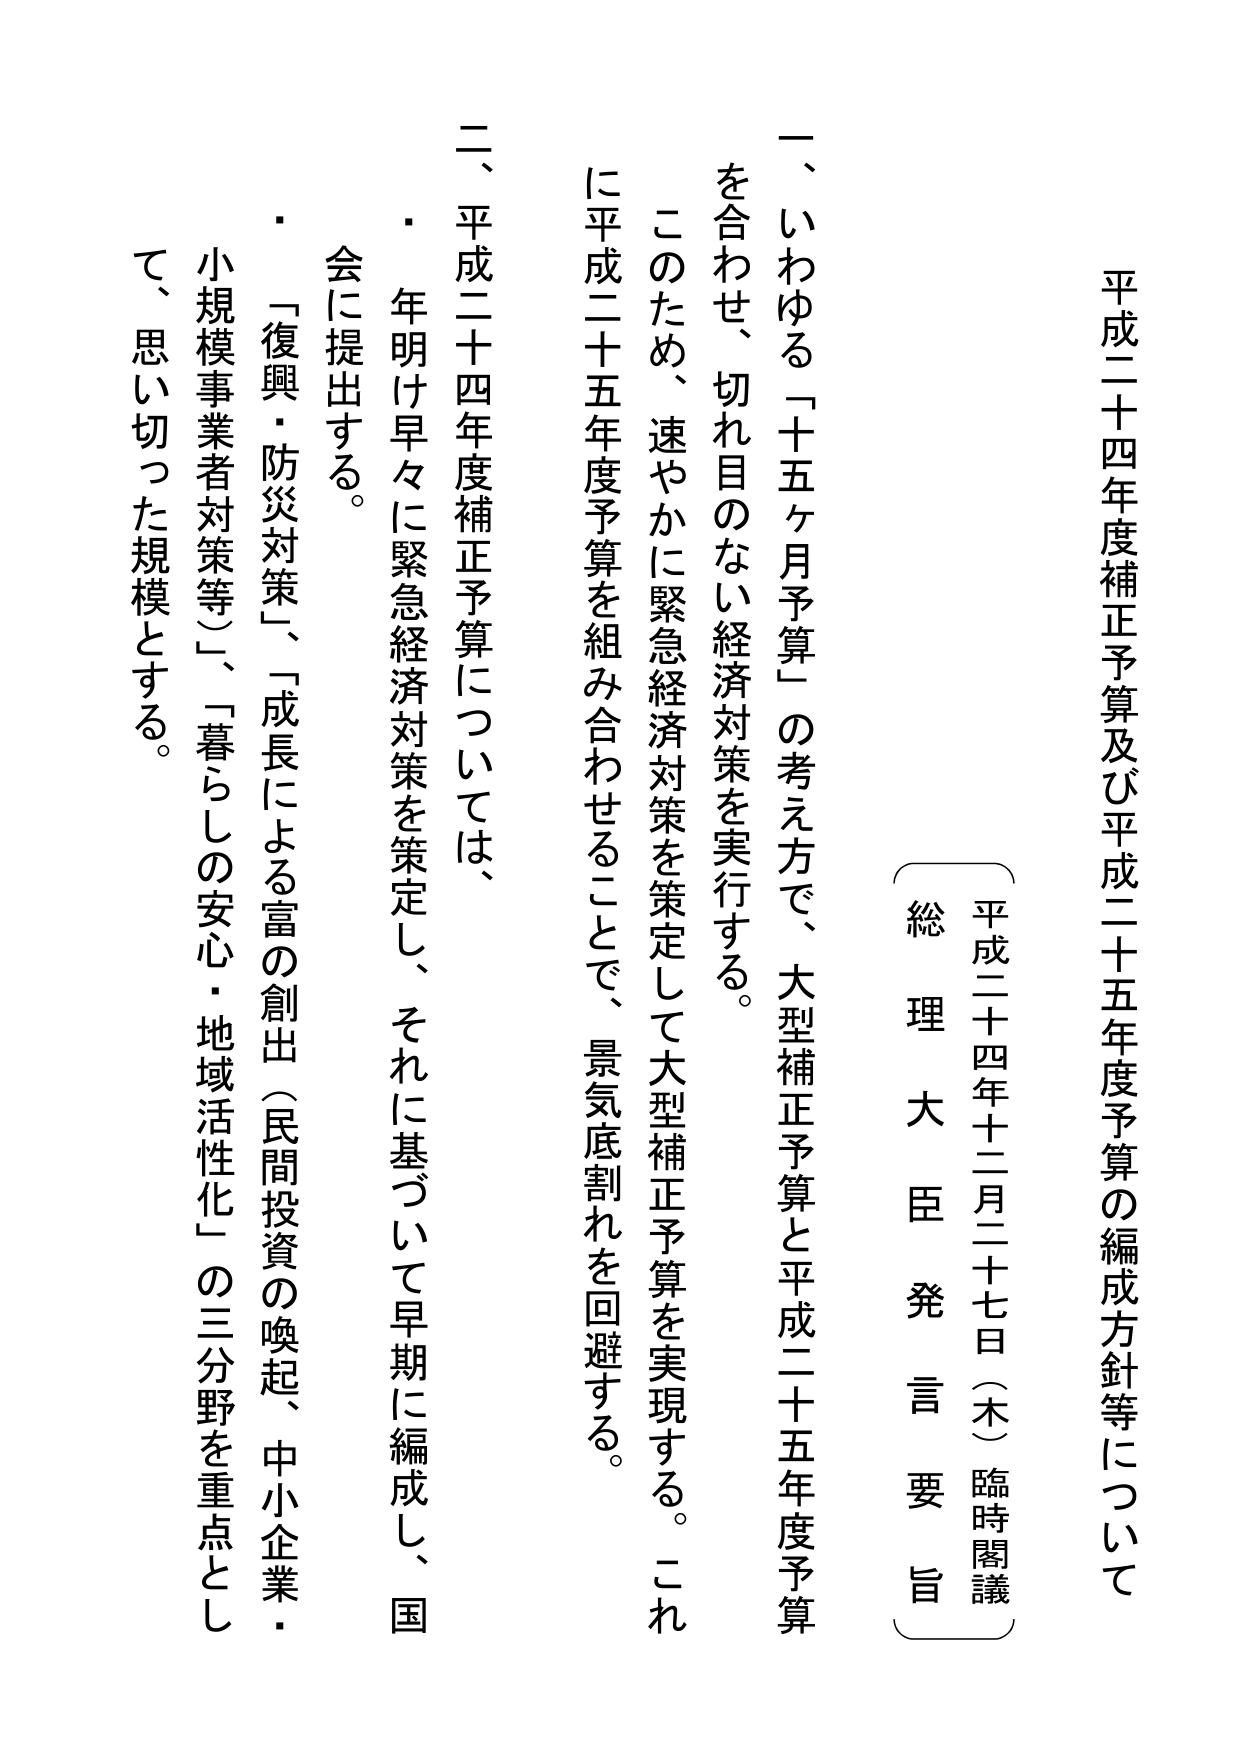
平成二十四年度補正予算及び平成二十五年度予算の編成方針等について

平成二十四年十二月二十七日（木）臨時閣議
総理大臣発言要旨

一、いわゆる「十五ヶ月予算」の考え方で、大型補正予算と平成二十五年度予算を合わせ、切れ目のない経済対策を実行する。
このため、速やかに緊急経済対策を策定して大型補正予算を実現する。これに平成二十五年度予算を組み合わせることで、景気底割れを回避する。

二、平成二十四年度補正予算については、
・年明け早々に緊急経済対策を策定し、それに基づいて早期に編成し、国会に提出する。
・「復興・防災対策」、「成長による富の創出（民間投資の喚起、中小企業・小規模事業者対策等）」、「暮らしの安心・地域活性化」の三分野を重点として、思い切った規模とする。